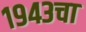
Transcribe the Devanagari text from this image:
१९४३चा